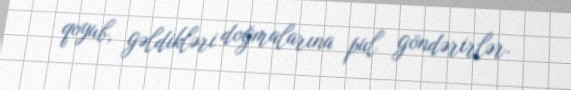
qoyub, gəldikləri doğmalarına pul göndərirlər.